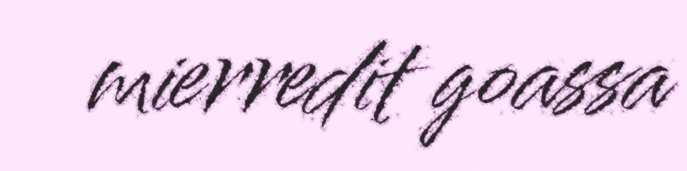
mierredit goassa